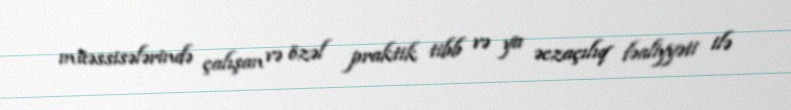
müəssisələrində çalışan və özəl praktik tibb və ya əczaçılıq fəaliyyəti ilə